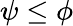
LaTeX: \psi\le\phi